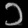
Digit: ၁